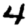
Digit: 4